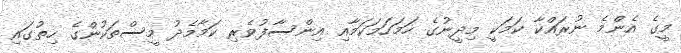
މީގެ އެންމެ ނުރައްކާ ކަމަކީ މިދީނުގެ ހަމަހަމަކަމާއި އިންސާފުވެރި ކަމާމެދު މީސްތަކުންގެ ހިތުގައި